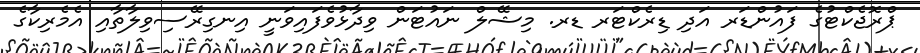
ޕްރޮޖެކްޓުގެ ފައުންޑަރ އަދި ޑިރެކްޓަރ ޑރ. މިޝޭލް ނައުޓަން ވިދާޅުވެފައިވަނީ އިނގިރޭސިވިލާތާއި އެމެރިކާގެ